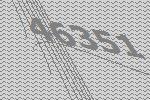
46351